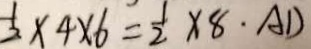
\frac { 1 } { 2 } \times 4 \times 6 = \frac { 1 } { 2 } \times 8 \cdot A D